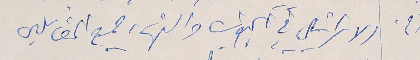
الاسرائيلي في الجنوب وانتشار جميع المقاتلين